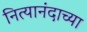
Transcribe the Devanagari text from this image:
नित्यानंदाच्या